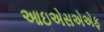
આઇએસએએફ